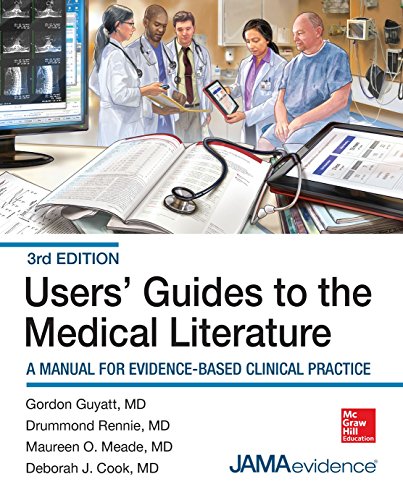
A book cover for Users' Guides to the Medical Literature: A Manual for Evidence-Based Clinical Practice, 3E; Gordon Guyatt; Medical Books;